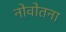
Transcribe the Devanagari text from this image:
नोवोतना